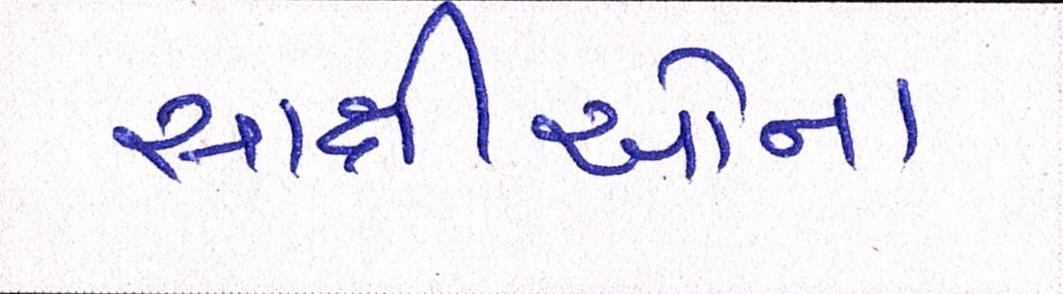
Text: સાક્ષીઓના